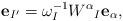
LaTeX: \begin{align*}{\bf e}_{I'}=\omega_I^{-1}W^\alpha{}_I{\bf e}_\alpha,\end{align*}